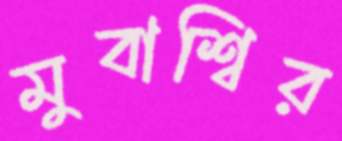
মুবাশ্বির